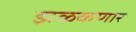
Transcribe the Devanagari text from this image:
झळकणार